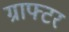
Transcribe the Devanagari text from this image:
ग्राफ्टर